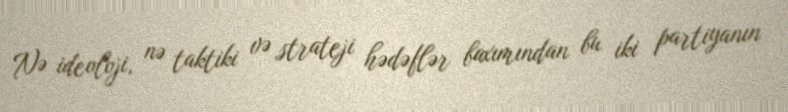
Nə ideoloji, nə taktiki və strateji hədəflər baxımından bu iki partiyanın